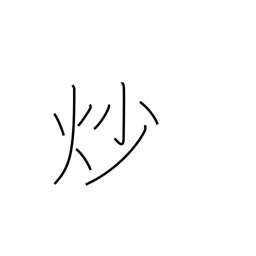
Meaning: roast